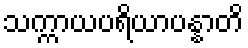
သက္ကာယပရိယာပန္နာတိ